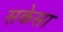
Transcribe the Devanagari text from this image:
सकेसा